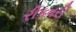
રીકવરી